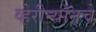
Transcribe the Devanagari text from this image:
व्हेरीन्यॉनचे